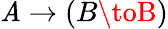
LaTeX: \mathit{A}\to(B\toB)